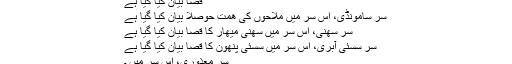
قصا بیان کیا گیا ہے
سر سامونڈی، اس سر میں ملاحوں کی ھمت حوصلا بیان کیا گیا ہے
سر سھنی، اس سر میں سھنی میھار کا قصا بیان کیا گیا ہے
سر سسئی آبری، اس سر میں سسئی پُنھون کا قصا بیان کیا گیا ہے
سر معذوری، اس سر میں ۔